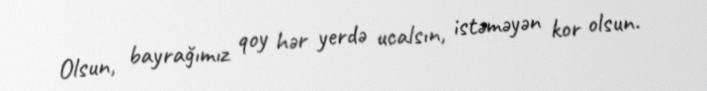
Olsun, bayrağımız qoy hər yerdə ucalsın, istəməyən kor olsun.